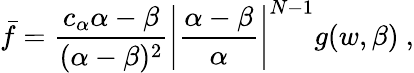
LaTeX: \bar{f}=\frac{c_{\alpha}\alpha-\beta}{(\alpha-\beta)^{2}}\left|\frac{\alpha-\beta}{\alpha}\right|^{N-1}g(w,\beta)\ ,